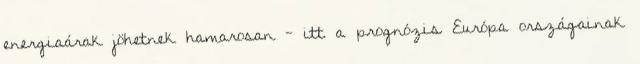
energiaárak jöhetnek hamarosan - itt a prognózis Európa országainak